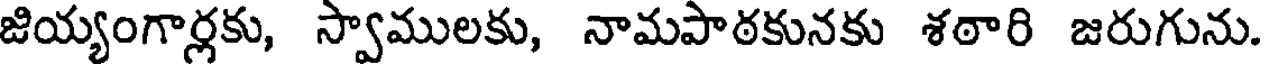
జియ్యంగార్లకు, స్వాములకు, నామపాఠకునకు శఠారి జరుగును.